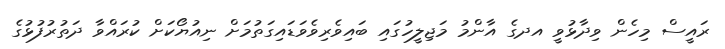
ރައީސް މިހެން ވިދާޅުވީ އދގެ އާންމު މަޖިލީހުގައި ބައިވެރިވެވަޑައިގަތުމަށް ނިއުޔޯކަށް ކުރައްވާ ދަތުރުފުޅުގެ